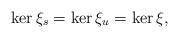
LaTeX: \begin{align*}\ker \xi_s = \ker \xi_u = \ker \xi,\end{align*}